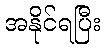
အနိုင်ရပြီး